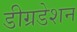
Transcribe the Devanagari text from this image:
डीग्रडेशन